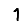
Digit: 1